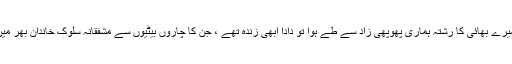
بہت بعد کی بات ہے کہ میرے بھائی کا رشتہ ہماری پھوپھی زاد سے طے ہوا تو دادا ابھی زندہ تھے ، جن کا چاروں بیٹیوں سے مشفقانہ سلوک خاندان بھر میں ہمیشہ مثالی سمجھا گیا ۔